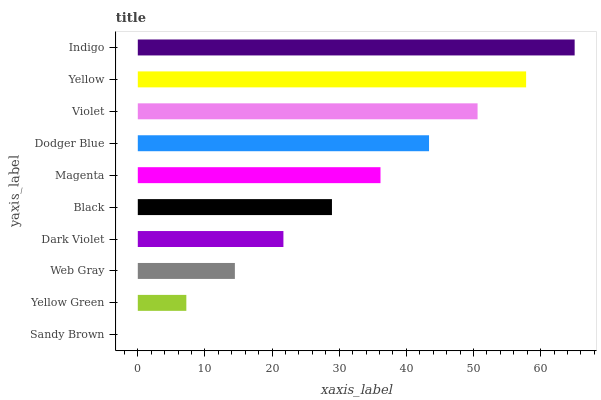
| yaxis_label | bars |
 | --- | --- |
 | Sandy Brown | 0 |
 | Yellow Green | 7.23 |
 | Web Gray | 14.5 |
 | Dark Violet | 21.7 |
 | Black | 28.9 |
 | Magenta | 36.1 |
 | Dodger Blue | 43.4 |
 | Violet | 50.6 |
 | Yellow | 57.8 |
 | Indigo | 65.1 |